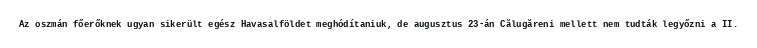
Az oszmán főerőknek ugyan sikerült egész Havasalföldet meghódítaniuk, de augusztus 23-án Călugăreni mellett nem tudták legyőzni a II.